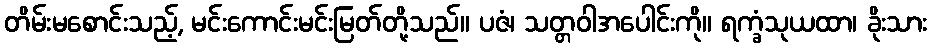
တိမ်းမစောင်းသည့်, မင်းကောင်းမင်းမြတ်တို့သည်။ ပဇံ၊ သတ္တဝါအပေါင်းကို။ ရက္ခံသုယထာ၊ ခိုးသား